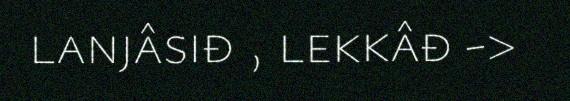
lanjâsiđ , lekkâđ ->